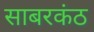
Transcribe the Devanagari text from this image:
साबरकंठ